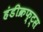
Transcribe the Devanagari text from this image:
हंडीक्रफ्ट्स